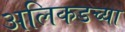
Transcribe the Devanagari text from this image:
अलिकडच्‍या